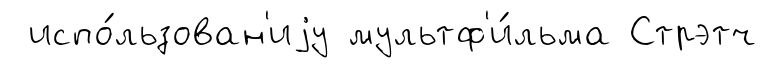
испо́льзован'иjу мультф'и́льма Стрэтч